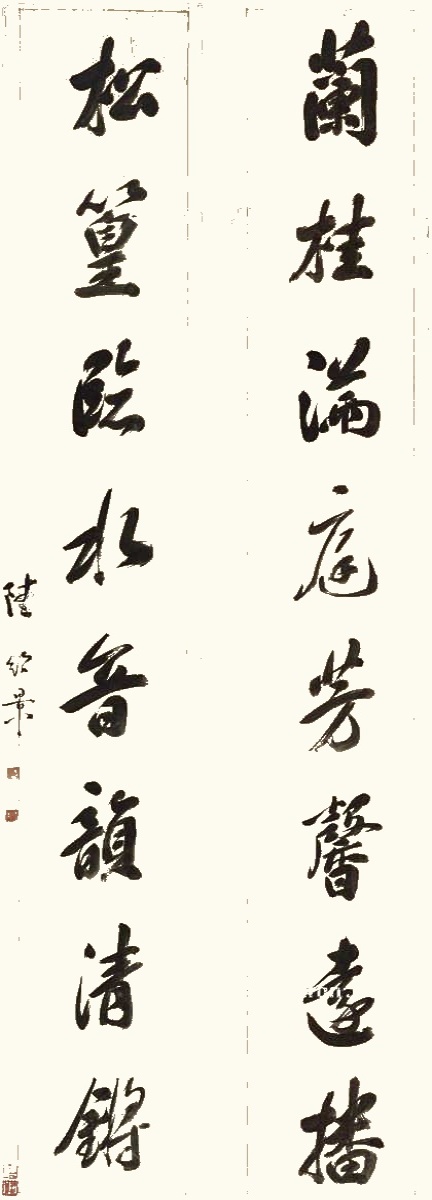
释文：兰桂满庭芳馨远播，松篁临水音韵清锵。陆绍景。